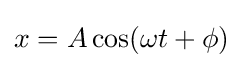
x=A\cos(\omega t+\phi )